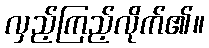
လှည့်ကြည့်လိုက်၏။